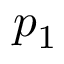
p _ { 1 }